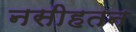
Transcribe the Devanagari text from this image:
नसीहतन